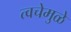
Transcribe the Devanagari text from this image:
त्वचेमुळे